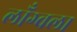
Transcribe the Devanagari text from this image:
लाँग्वला